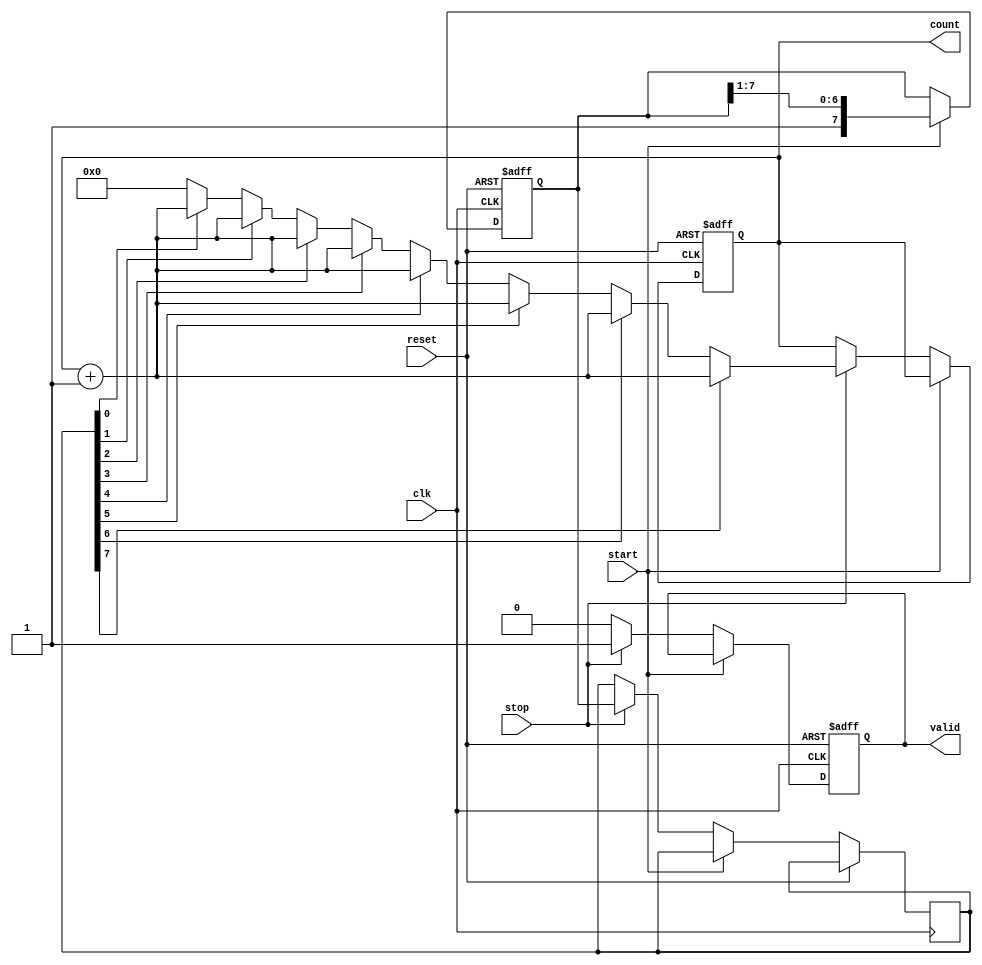
module TDC (
    input wire clk,             // System clock
    input wire reset,           // Reset signal
    input wire start,           // Start signal for timing measurement
    input wire stop,            // Stop signal for timing measurement
    output reg [N-1:0] count,   // Counter output (N is the number of delay stages)
    output reg valid            // Indicates valid output
);

parameter N = 8;                // Number of delay stages (adjust as needed)
parameter DELAY_PER_STAGE = 10; // Time unit for each delay stage in ns (example value)

reg [N-1:0] delay_line;        // Delay line
reg [N-1:0] sampled_state;     // Sampled state of delay line
integer i;                     // Loop counter

// Delay Line Process
always @(posedge clk or posedge reset) begin
    if (reset) begin
        delay_line <= 0;        // Reset the delay line
        count <= 0;             // Reset counter
        valid <= 0;             // Reset valid output
    end else if (start) begin
        // Shift operation to simulate delay line
        delay_line <= {1'b1, delay_line[N-1:1]}; // Shift with start signal
    end else if (stop) begin
        // Sample the delay line on stop signal
        sampled_state <= delay_line;
        
        // Count the number of active delay stages
        count <= 0; // Reset count before counting
        for (i = 0; i < N; i = i + 1) begin
            if (sampled_state[i]) begin
                count <= count + 1; // Count active stages
            end
        end
        valid <= 1; // Set valid output to indicate count is ready
    end else begin
        valid <= 0; // Clear valid output when not sampling
    end
end

endmodule